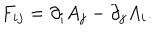
F _ { i j } = \partial _ { i } A _ { j } - \partial _ { j } A _ { i } .